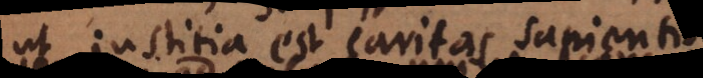
ut justitia est caritas sapientis.